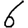
Digit: 6